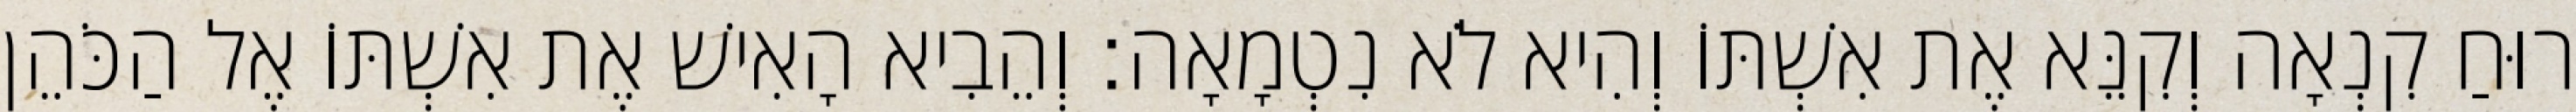
רוּחַ קִנְאָה וְקִנֵּא אֶת אִשְׁתּוֹ וְהִיא לֹא נִטְמָאָה׃ וְהֵבִיא הָאִישׁ אֶת אִשְׁתּוֹ אֶל הַכֹּהֵן